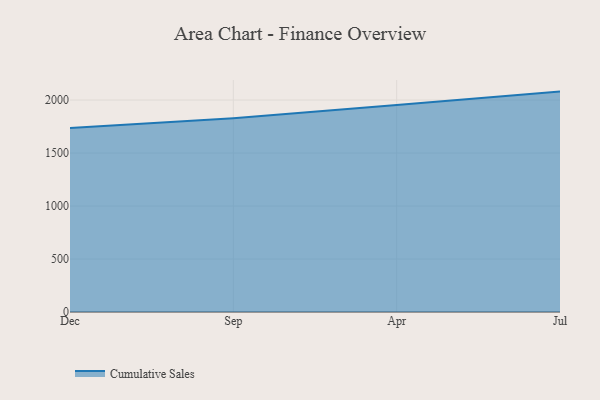
{"axis": {"x": "Month", "y": "Inventory Turnover"}, "legend": ["Cumulative Sales"], "data": [{"x": "Dec", "y": 1735.3, "type": "Cumulative Sales"}, {"x": "Sep", "y": 1827.6, "type": "Cumulative Sales"}, {"x": "Apr", "y": 1953.2, "type": "Cumulative Sales"}, {"x": "Jul", "y": 2079.4, "type": "Cumulative Sales"}]}